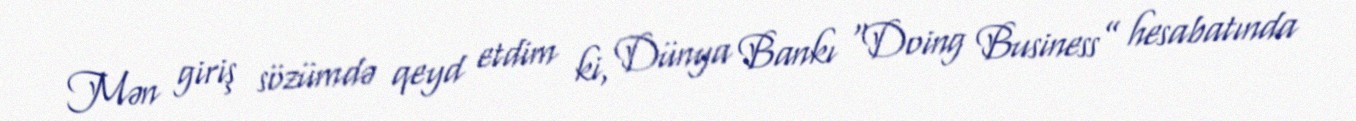
Mən giriş sözümdə qeyd etdim ki, Dünya Bankı “Doing Business” hesabatında